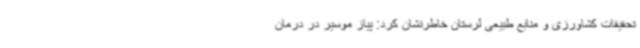
تحقیقات کشاورزی و منابع طبیعی لرستان خاطرنشان کرد: پیاز موسیر در درمان